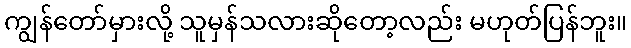
ကျွန်တော်မှားလို့ သူမှန်သလားဆိုတော့လည်း မဟုတ်ပြန်ဘူး။